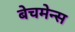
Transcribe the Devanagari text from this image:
बेचमेन्स